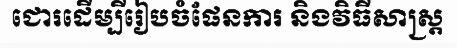
ជោរដើម្បីរៀបចំផែនការ និងវិធីសាស្ត្រ